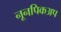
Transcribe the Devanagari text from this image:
नूनपिकअप